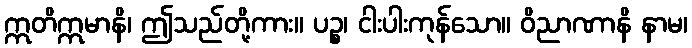
ဣတိဣမာနိ၊ ဤသည်တို့ကား။ ပဉ္စ၊ ငါးပါးကုန်သော။ ဝိညာဏာနိ နာမ၊